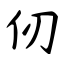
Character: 仞